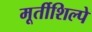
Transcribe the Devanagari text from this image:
मूर्तीशिल्पे